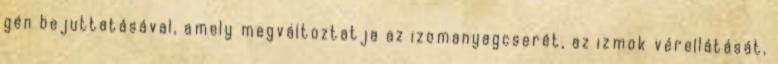
gén bejuttatásával, amely megváltoztatja az izomanyagcserét, az izmok vérellátását,